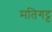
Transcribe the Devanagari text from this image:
मतिगट्ट